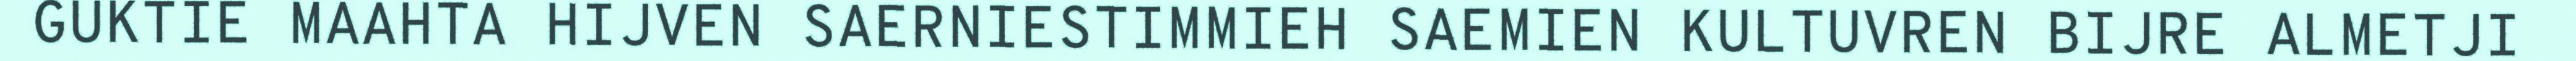
GUKTIE MAAHTA HIJVEN SAERNIESTIMMIEH SAEMIEN KULTUVREN BIJRE ALMETJI